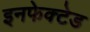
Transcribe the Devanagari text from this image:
इनफेक्टेड